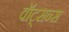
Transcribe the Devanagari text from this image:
वॉट्सन्स